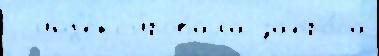
  инд'екс'и́ровала запро́са